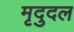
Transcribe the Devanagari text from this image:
मृदुदल